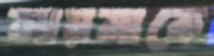
সায়মাকে